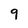
Character: 9